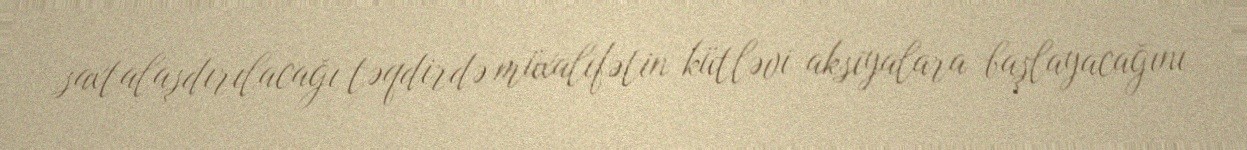
saxtalaşdırılacağı təqdirdə müxalifətin kütləvi aksiyalara başlayacağını